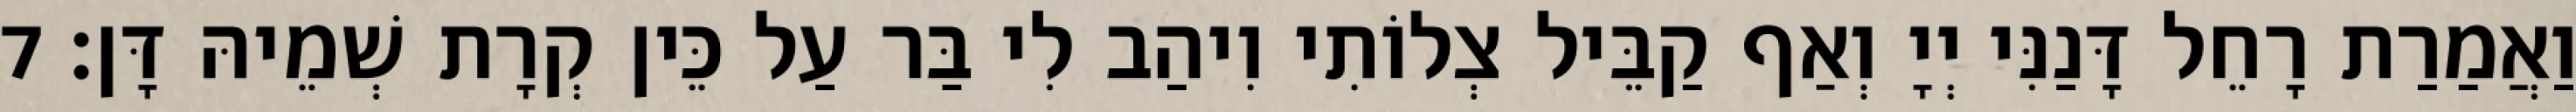
וַאֲמַרַת רָחֵל דָּנַנִּי יְיָ וְאַף קַבֵּיל צְלוֹתִי וִיהַב לִי בַּר עַל כֵּין קְרָת שְׁמֵיהּ דָּן׃ 7